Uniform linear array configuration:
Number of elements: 24
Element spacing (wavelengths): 0.25
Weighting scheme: binomial
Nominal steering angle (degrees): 45
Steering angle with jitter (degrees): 44.787
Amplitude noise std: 0.05
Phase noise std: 0.05

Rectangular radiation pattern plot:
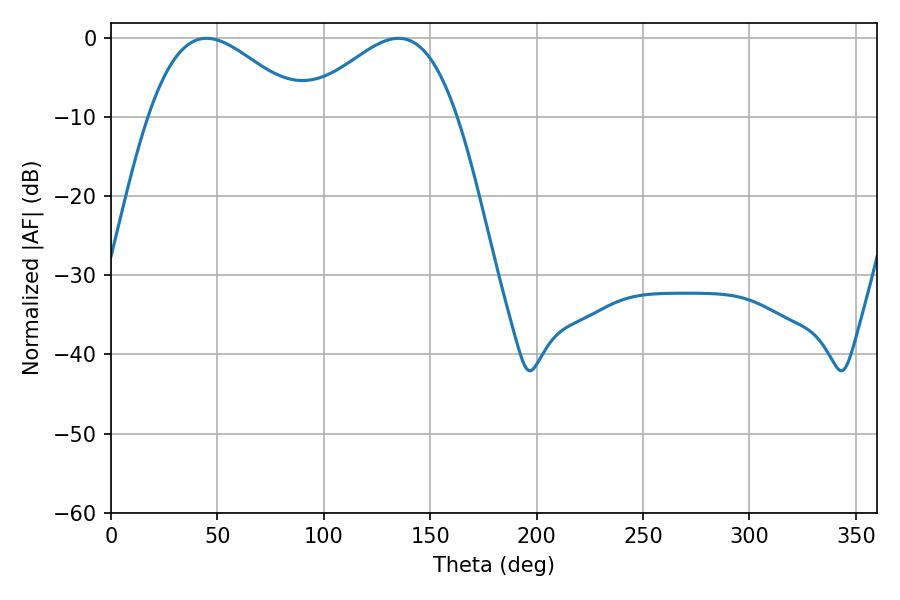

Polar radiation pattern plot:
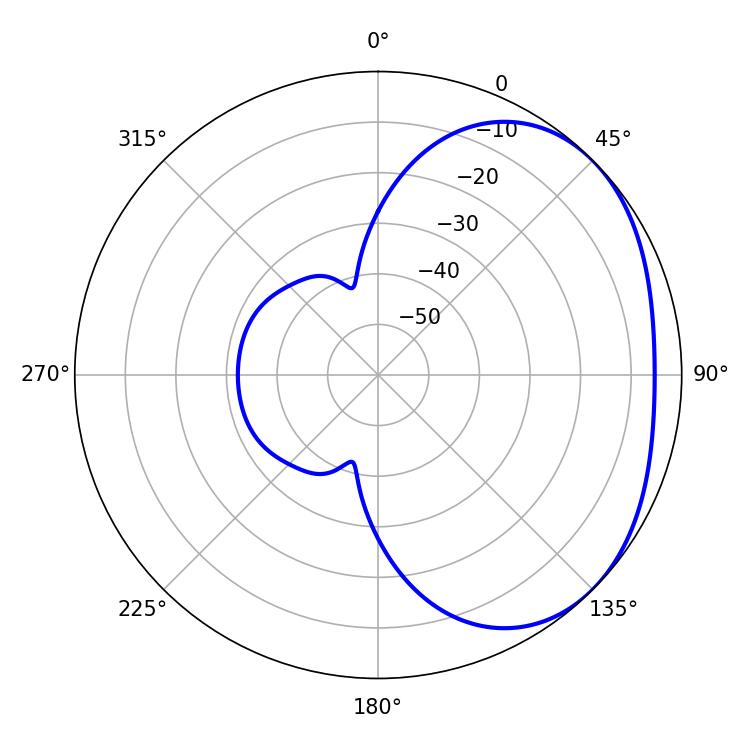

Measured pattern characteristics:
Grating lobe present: FALSE
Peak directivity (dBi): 2.558
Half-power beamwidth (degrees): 38.88
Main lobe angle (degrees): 44.82